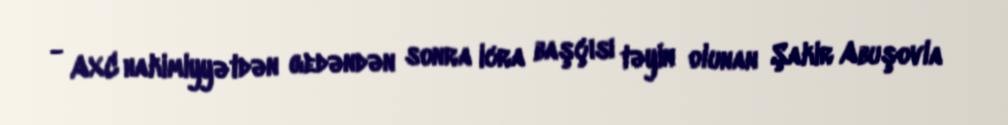
- AXC hakimiyyətdən gedəndən sonra icra başçısı təyin olunan Şakir Abuşovla